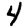
Digit: 4